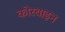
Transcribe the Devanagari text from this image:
कोरबाइन